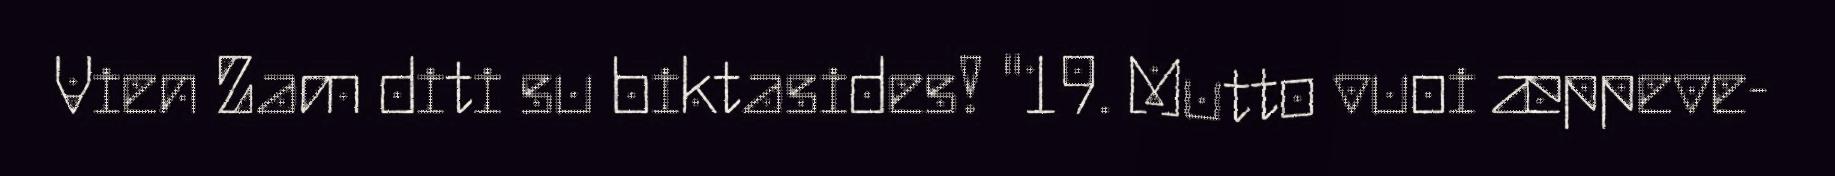
Vien Zam diti su biktasides! "19. Mutto vuoi æppeve-